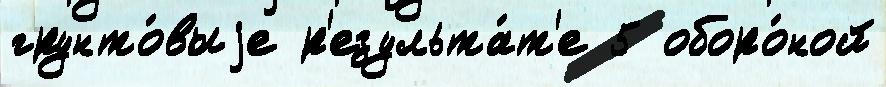
грунто́выjе р'езульта́т'е 5 оборо́ной